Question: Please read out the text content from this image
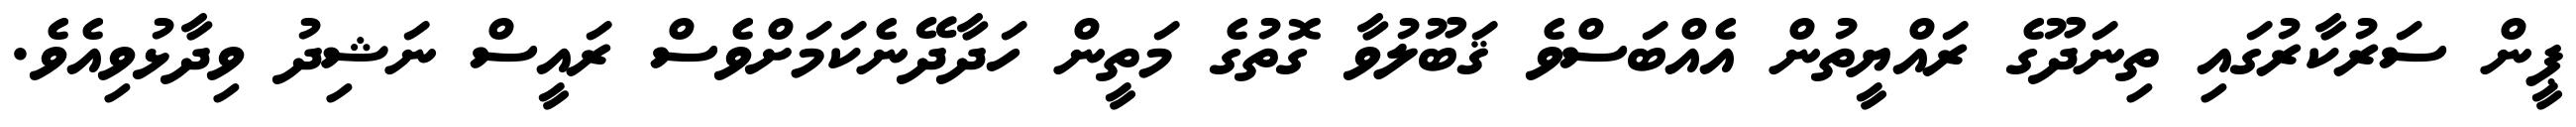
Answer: ޕީން ސަރުކާރުގައި ތިނަދޫގެ ރައްޔީތުން އެއްބަސްވެ ޤަބޫލުވާ ގޮތުގެ މަތީން ހަދާދޭނެކަމަށްވެސް ރައީސް ނަޝިދު ވިދާޅުވިއެވެ.